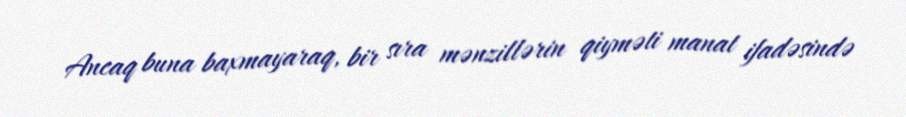
Ancaq buna baxmayaraq, bir sıra mənzillərin qiyməti manat ifadəsində